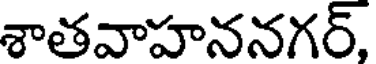
శాతవాహననగర్,